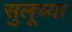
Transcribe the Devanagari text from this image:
सुलूच्या